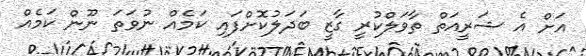
އަށް އެ ޝަރީއަތް ތާވަލްކުރީ ގާޒީ ބަދަލުކޮށްފައި ކަމެއް ނުވަތަ ނޫން ކަމެއް